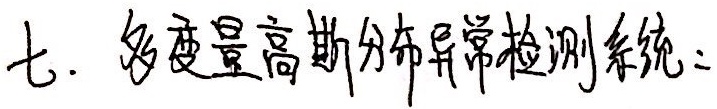
七. 多度量高斯分布异常检测系统：